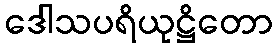
ဒေါသပရိယုဋ္ဌိတော